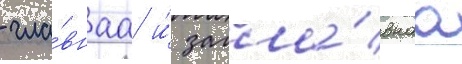
- гла́внаа и́ загла́внаа